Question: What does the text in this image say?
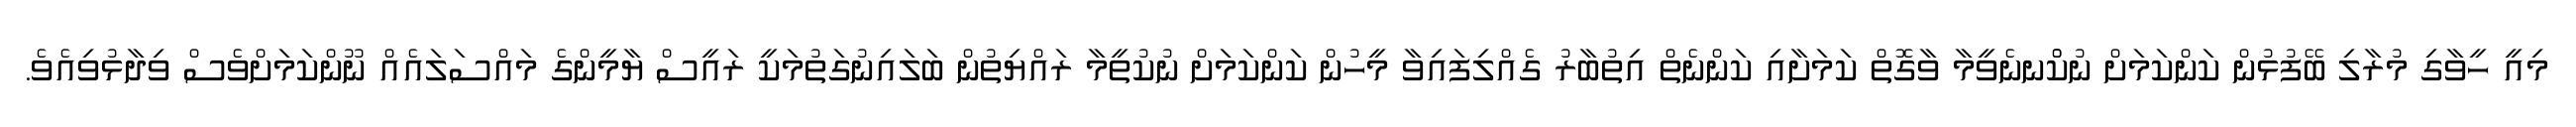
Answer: މިއީ ހީވާގި މުރާލި ބޭފުޅުން ކަންކަމަށް ނުކުްނނެވީމާ ވާގޮތް ކަމަށާއި ކަންނެތް އިތުބާރު ގެއްލިފައިވާ މީހުން ކަންކަމަށް ނުކުތީމާ ރައްޔިތުން ބަލައިނުގަތުމަކީ ރައީސް ޔާމީންގެ މައްސަލައެއް ނޫންކަމަށްވެސް ވިދާޅުވިއެވެ.